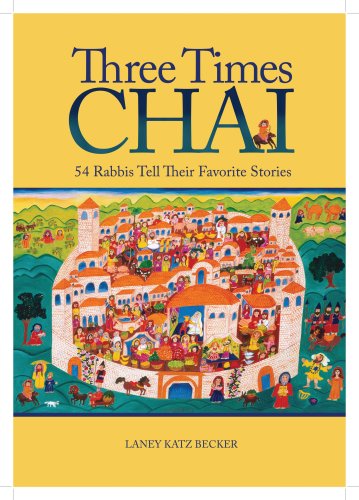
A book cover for Three Times Chai; Laney Katz Becker; Religion & Spirituality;